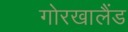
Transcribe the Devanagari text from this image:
गोरखालैंड